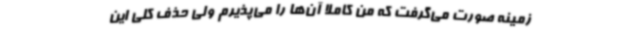
زمینه صورت می‌گرفت که من کاملا آن‌ها را می‌پذیرم ولی حذف کلی این